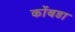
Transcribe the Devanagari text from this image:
कोंंबडा